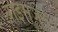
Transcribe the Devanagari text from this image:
वाइसजेरेंट